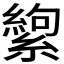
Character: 𬗸